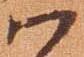
ハ